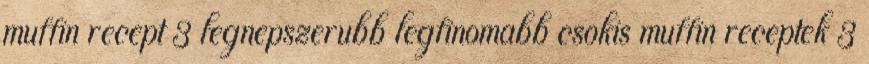
muffin recept 3 legnepszerubb legfinomabb csokis muffin receptek 3